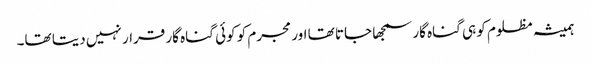
ہمیشہ مظلوم کو ہی گناہ گار سمجھا جاتا تھا اور مجرم کو کوئی گناہ گار قرار نہیں دیتا تھا۔